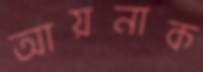
আয়নাক